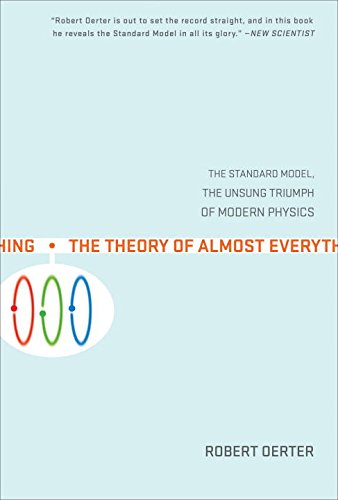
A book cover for The Theory of Almost Everything: The Standard Model, the Unsung Triumph of Modern Physics; Robert Oerter; Science & Math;